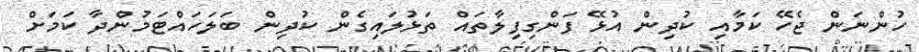
ހުންނަން ޖެހޭ ކަމާއި ކުދިން އުޅޭ ފަންގިފިލާތައް ތަޅުލައިގެން ކުދިން ބަލަހައްޓަމުންދާ ކަމަށް